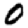
Digit: 0